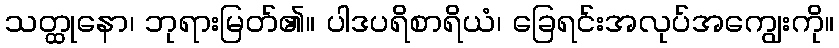
သတ္ထုနော၊ ဘုရားမြတ်၏။ ပါဒပရိစာရိယံ၊ ခြေရင်းအလုပ်အကျွေးကို။